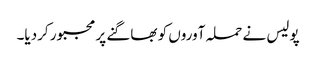
پولیس نے حملہ آوروں کو بھاگنے پر مجبور کردیا۔